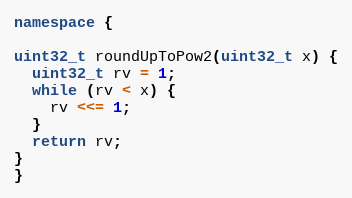
Language: C++
namespace {

uint32_t roundUpToPow2(uint32_t x) {
  uint32_t rv = 1;
  while (rv < x) {
    rv <<= 1;
  }
  return rv;
}
}